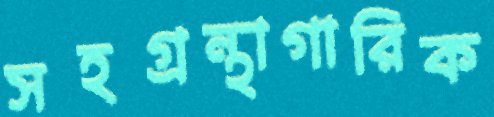
সহগ্রন্থাগারিক